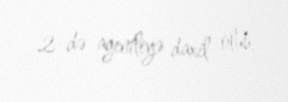
2-də agentliyə daxil olub.